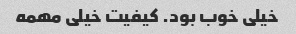
خیلی خوب بود. کیفیت خیلی مهمه